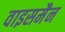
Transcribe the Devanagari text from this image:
वाइसमैन